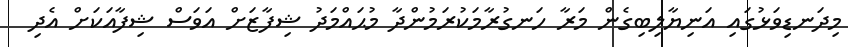
މިދަނޑިވަޅުގައި އަނިޔާލިބިގެން މަރާ ހަނގުރާމަކުރަމުންދާ މުޙައްމަދު ޝިފާޒަށް އަވަސް ޝިފާއަކަށް އެދި